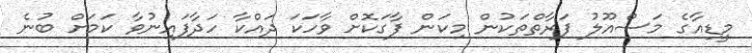
މީޑިއާގެ މަސްއޫލު ފަރާތްތަކުން މިކަން ފާގަކޮށް ވާހަކަ ދައްކާ ހަދާފައިނުވާ ކަމަށް ބުނެ